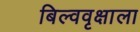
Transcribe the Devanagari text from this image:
बिल्ववृक्षाला